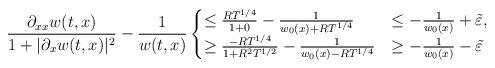
LaTeX: \begin{align*}\frac{\partial_{xx} w(t,x)}{1 + |\partial_x w(t,x)|^2} - \frac{1}{w(t,x)}\begin{cases}\leq \frac{R T^{1/4}}{1+0} - \frac{1}{w_0(x)+R T^{1/4}} &\leq -\frac{1}{w_0(x)} + \tilde{\varepsilon}, \\\geq \frac{-R T^{1/4}}{1+R^2 T^{1/2}} - \frac{1}{w_0(x) - R T^{1/4}} &\geq - \frac{1}{w_0(x)} - \tilde{\varepsilon}\end{cases}\end{align*}